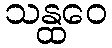
သန္ထဝေ